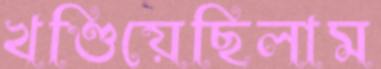
খণ্ডিয়েছিলাম